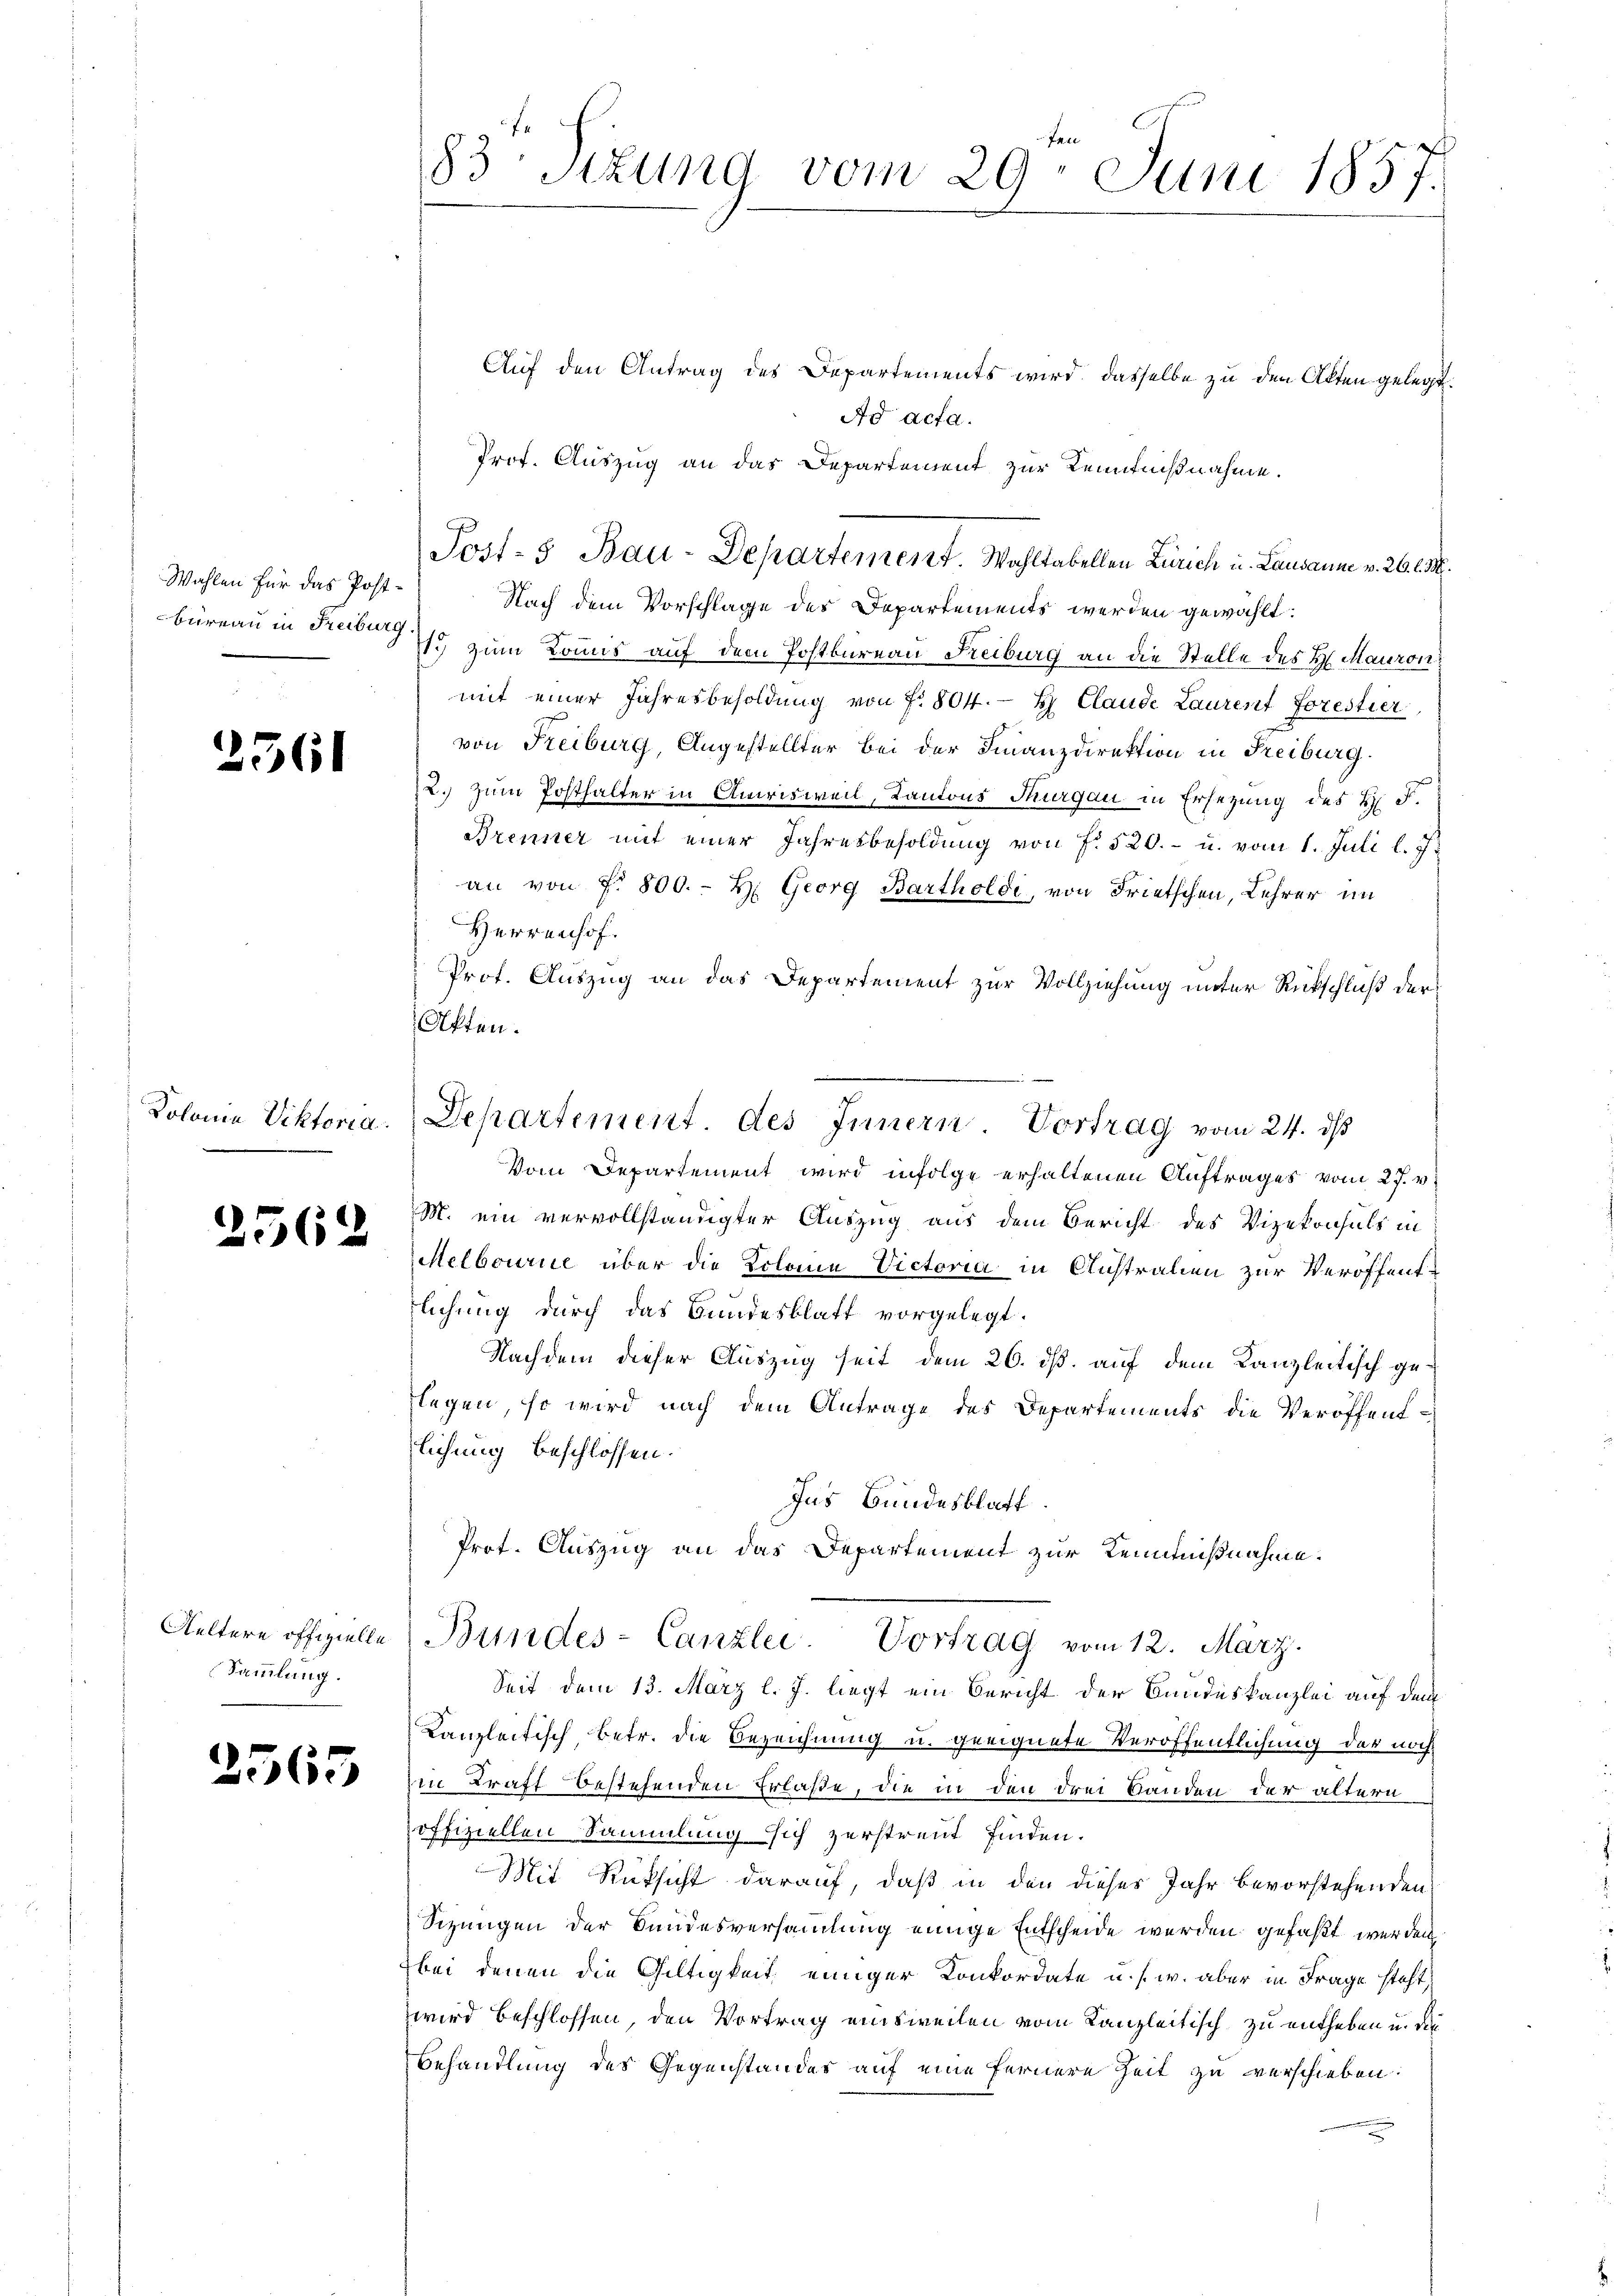
Wahlen für das Postbüreau in Freiburg.

2561

2562

Sammlung.

2565

Auf den Antrag des Departements wird, dasselbe zu den Akten gelegt.
Ad acta.
Prof. Auszug an das Departement zur Kenntnißnahme.
Nach dem Vorschlage des Departements werden gewählt:
1. Zum Kommis auf dem Postbureau Reiburg an die Stelle des H. Mauron
mit einer Jahresbesoldŭng von f. 804. H Claude Laurent Forestier
von Freiburg, Angestellter bei der Finanzdirektion in Freiburg.
2. zum Posthalter in Amrisweil, Kantons Thurgau in Ersetzung des H. F.
Brenner mit einer Jahresbesoldung von f. 520.- u. vom 1. Juli l. J.
an von f. 800. - H. Georg Bartholdi, von Frietschen, Lehrer im
Herrenhof.
Prof. Auszug an das Departement zur Vollziehung unter Rückschluß der
Affen.
Melbourie über die Kolone Victoria in Australien zur Veröffentlichung durch das Bundesblatt vorgelegt.
Nachdem dieser Auszug seit dem 26. dß. auf dem Kanzleitisch geflegen, so wird nach dem Antrage des Departements die Veröffentlichung beschlossen.
Ins Bundesblatt
Prot. Auszug an das Departement zur Kenntnißnahme.
Geltern offizielle (Bundes-Canzlei- Vortrag vom 12. März.
Seit dem 13. März l. J. liegt ein Bericht der Bundeskanzlei auf dem
Kanzleitisch, betr. die Bezeichnung u. geeignete Veröffentlichung der noch
zin Traff bestehenden Erlaße, die in den drei Banden der ältern
offiziellen Sammlung sich zerstreut finden.
Mit Rüksicht darauf, daß in den dieses Jahr bevorstehenden
Sizungen der Bundesversammlung einige Entscheide werden gefaßt werden
bei denen die Gültigkeit einiger Konkordate u. s. w. aber in Frage steht,
wird beschlossen, den Vortrag einsweilen vom Kanzleitisch zu entheben u. die¬
Behandlung des Gegenstandes auf eine fernere Zeit zu verschieben:

83 Stzung vom 29. Juni 1857.

Post- 5 Bau-Departement. Wahltabellen Zürich u. Lausann v. 26 l. M.

Kolonia Viktoria. Departement. des Innern. Vortrag vom 24. ds
Vom Departement wird infolge erhaltenen Auftrages vom 27. v.
M. ein vervollständigter Auszug aus dem Bericht des Vizekonsuls in